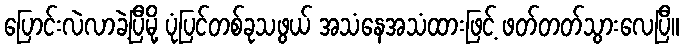
ပြောင်းလဲလာခဲ့ပြီမို့ ပုံပြင်တစ်ခုသဖွယ် အသံနေအသံထားဖြင့် ဖတ်တတ်သွားလေပြီ။